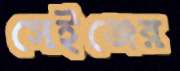
সেইঞ্জের